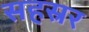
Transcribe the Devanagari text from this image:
सहस्रर